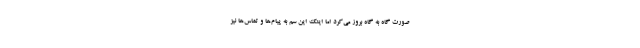
صورت گاه به گاه بروز می‌کرد اما اینک این سم به پیام‌ها و تماس‌ها نیز